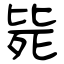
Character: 毙